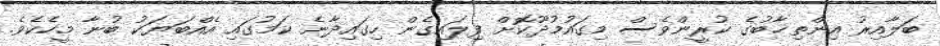
ބަލާއިރު އިންތިޚާބުގެ ކުރީންވެސް މިގައުމުދޫކޮށް ފިލައިގެން ހިގައިދާނެ ކަމުގައި އެއްބަޔަކު ބުނާ މީހެކެވެ.